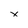
Character: x